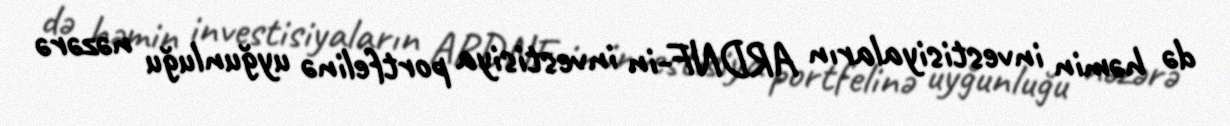
də həmin investisiyaların ARDNF-in investisiya portfelinə uyğunluğu nəzərə